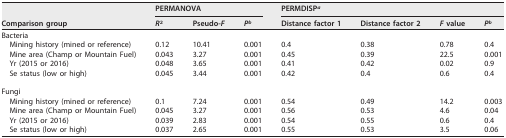
| <ROWSPAN=2> Comparison group | <COLSPAN=3> PERMANOVA | <COLSPAN=4> PERMDISPa |
 | R2 | Pseudo-F | Pb | Distance factor 1 | Distance factor 2 | F value | Pb |
 | --- | --- | --- | --- | --- | --- | --- | --- |
 | Bacteria |  |  |  |  |  |  |  |
 | Mining history (mined or reference) | 0.12 | 10.41 | 0.001 | 0.4 | 0.38 | 0.78 | 0.4 |
 | Mine area (Champ or Mountain Fuel) | 0.043 | 3.27 | 0.001 | 0.45 | 0.39 | 22.5 | 0.001 |
 | Yr (2015 or 2016) | 0.048 | 3.65 | 0.001 | 0.41 | 0.42 | 0.02 | 0.9 |
 | Se status (low or high) | 0.045 | 3.44 | 0.001 | 0.42 | 0.4 | 0.6 | 0.4 |
 | Fungi |  |  |  |  |  |  |  |
 | Mining history (mined or reference) | 0.1 | 7.24 | 0.001 | 0.54 | 0.49 | 14.2 | 0.003 |
 | Mine area (Champ or Mountain Fuel) | 0.045 | 3.27 | 0.001 | 0.56 | 0.53 | 4.6 | 0.04 |
 | Yr (2015 or 2016) | 0.039 | 2.83 | 0.001 | 0.54 | 0.55 | 0.6 | 0.4 |
 | Se status (low or high) | 0.037 | 2.65 | 0.001 | 0.55 | 0.53 | 3.5 | 0.06 |